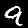
Digit: 9